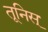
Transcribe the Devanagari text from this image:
तूनिस्